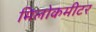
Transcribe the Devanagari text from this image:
मिलोकमीटर